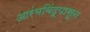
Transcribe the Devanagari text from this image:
आरंभबिंदूपासून